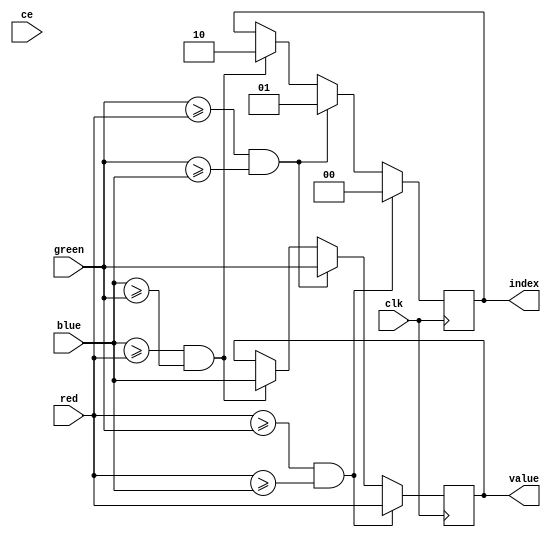
`timescale 1ns / 1ps
//////////////////////////////////////////////////////////////////////////////////
// Company: 
// Engineer: 
// 
// Design Name: 
// Module Name:    max 
// Project Name: 
// Target Devices: 
// Tool versions: 
// Description: 
//
// Dependencies: 
//
// Revision: 
// Revision 0.01 - File Created
// Additional Comments: 
//
//////////////////////////////////////////////////////////////////////////////////
module max(
    input clk,
	 input ce,
    input [9:0] red,
    input [9:0] green,
    input [9:0] blue,
	 output [9:0] value,
	 output [1:0] index
    );
	 
	 reg[9:0] r_value;
	 reg[1:0] r_index;
	 
	always @(posedge clk)
	begin
		if (red >= green && red >= blue)
		begin
			r_value = red;
			r_index = 2'd0;
		end
		else if (green >= red && green >= blue)
		begin
			r_value = green;
			r_index = 2'd1;
		end
		else if (blue >= red && blue >= green)
		begin
			r_value = blue;
			r_index = 2'd2;
		end	
	end
	
	assign value = r_value;
	assign index = r_index;
endmodule